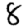
Digit: 8